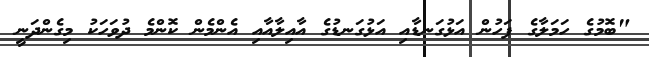
"ބޮމުގެ ހަމަލާގެ ފަހުން އަޅުގަނޑާއި އަޅުގަނޑުގެ އާއިލާއާއި އެންމެން ކޮންމެ ދުވަހަކު މިގެންދަނީ